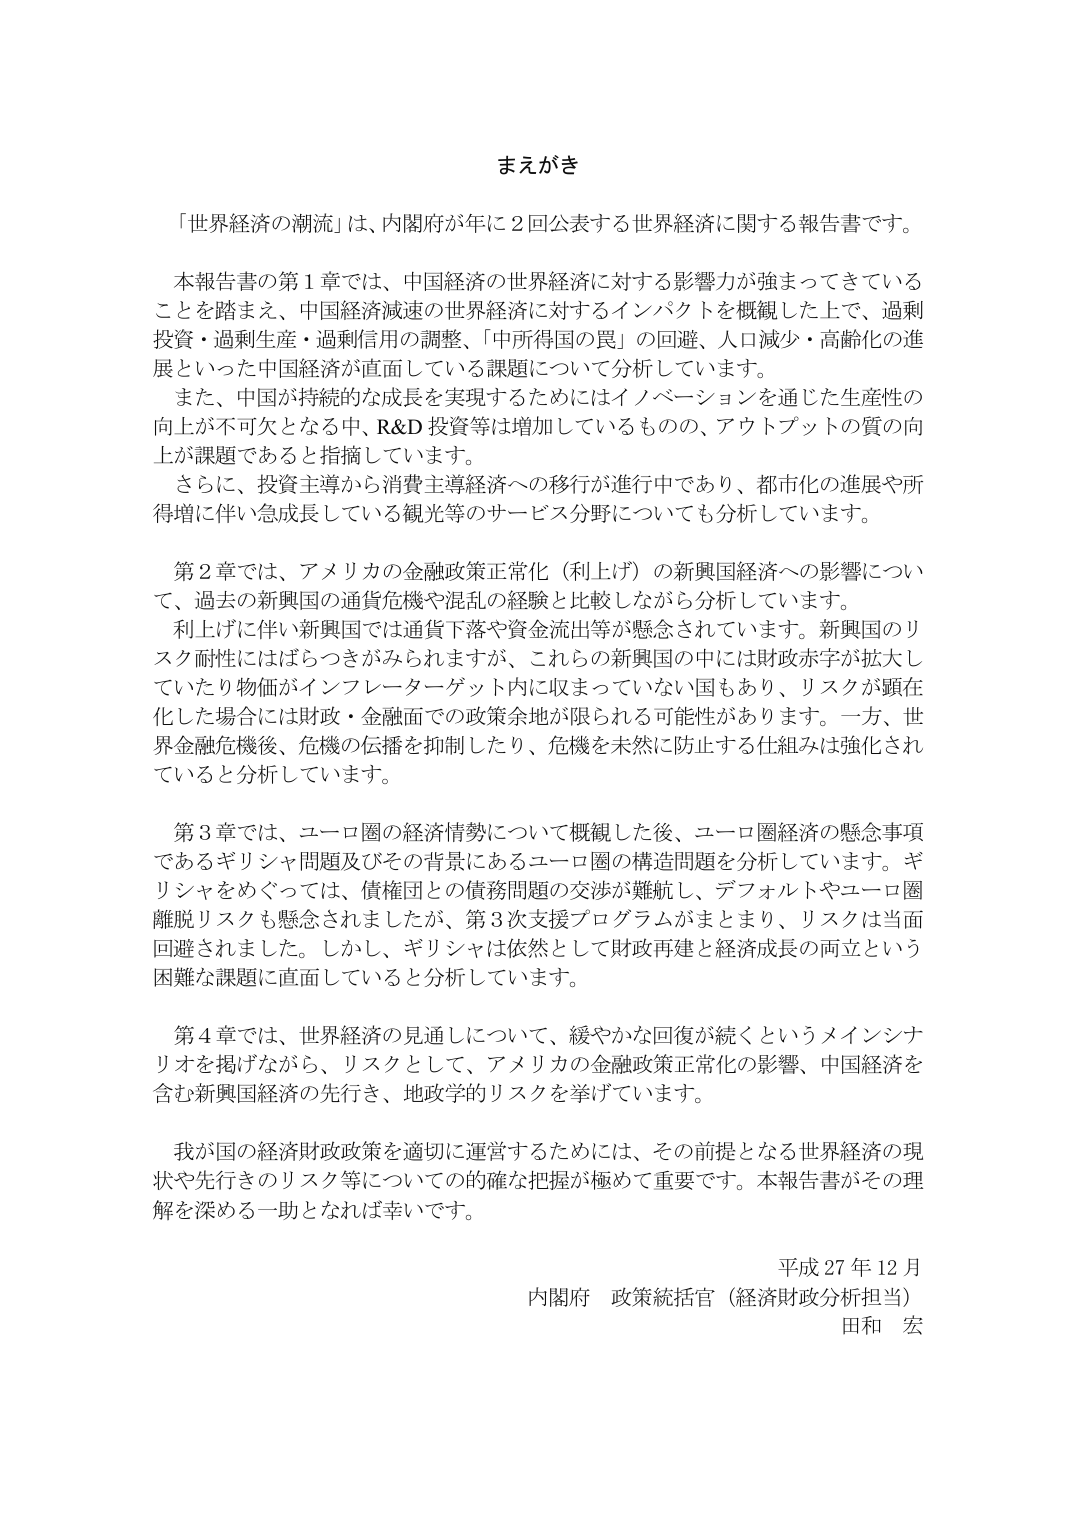
まえがき

「世界経済の潮流」は、内閣府が年に２回公表する世界経済に関する報告書です。

本報告書の第１章では、中国経済の世界経済に対する影響力が強まってきていることを踏まえ、中国経済減速の世界経済に対するインパクトを概観した上で、過剰投資・過剰生産・過剰信用の調整、「中所得国の罠」の回避、人口減少・高齢化の進展といった中国経済が直面している課題について分析しています。

また、中国が持続的な成長を実現するためにはイノベーションを通じた生産性の向上が不可欠となる中、R&D投資等は増加しているものの、アウトプットの質の向上が課題であると指摘しています。

さらに、投資主導から消費主導経済への移行が進行中であり、都市化の進展や所得増に伴い急成長している観光等のサービス分野についても分析しています。

第２章では、アメリカの金融政策正常化（利上げ）の新興国経済への影響について、過去の新興国の通貨危機や混乱の経験と比較しながら分析しています。

利上げに伴い新興国では通貨下落や資金流出等が懸念されています。新興国のリスク耐性にはばらつきがみられますが、これらの新興国の中には財政赤字が拡大していたり物価がインフレーターゲット内に収まっていない国もあり、リスクが顕在化した場合には財政・金融面での政策余地が限られる可能性があります。一方、世界金融危機後、危機の伝播を抑制したり、危機を未然に防止する仕組みは強化されていると分析しています。

第３章では、ユーロ圏の経済情勢について概観した後、ユーロ圏経済の懸念事項であるギリシャ問題及びその背景にあるユーロ圏の構造問題を分析しています。ギリシャをめぐっては、債権国との債務問題の交渉が難航し、デフォルトやユーロ圏離脱リスクも懸念されましたが、第３次支援プログラムがまとまり、リスクは当面回避されました。しかし、ギリシャは依然として財政再建と経済成長の両立という困難な課題に直面していると分析しています。

第４章では、世界経済の見通しについて、緩やかな回復が続くというメインシナリオを掲げながら、リスクとして、アメリカの金融政策正常化の影響、中国経済を含む新興国経済の先行き、地政学的リスクを挙げています。

我が国の経済財政政策を適切に運営するためには、その前提となる世界経済の現状や先行きのリスク等についての的確な把握が極めて重要です。本報告書がその理解を深める一助となれば幸いです。

平成27年12月
内閣府 政策統括官（経済財政分析担当）
田和 宏